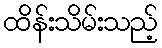
ထိန်းသိမ်းသည့်